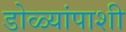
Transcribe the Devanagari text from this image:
डोळ्यांपाशी